Report on the working of the Ranchi Indian Mental Hospital, Kanke, in Bihar and Orissa - 1930-1940
Year: 1930
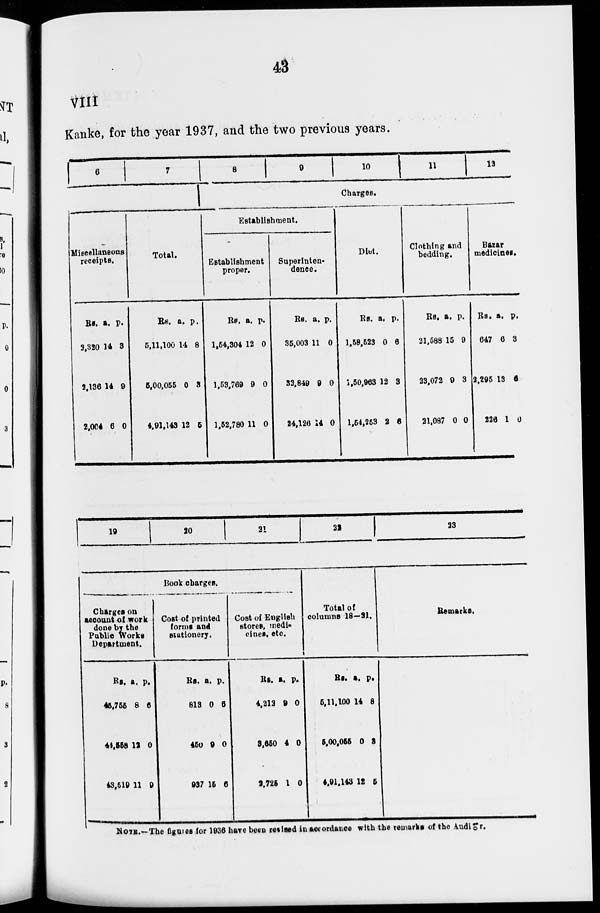
43
Kanke, for the year 1937, and the two previous years.
6
7
Miscellaneous
receipts.
Rs.
3,320
2,136
2,004
a.
14
14
6
p.
3
0
0
Total.
Rs.
5,11,100
5,00,055
4,91,143
a.
14
0
12
p.
8
3
5
8
9
10
11
13
Charges.
Establishment.
Establishment
proper.
Rs.
1,54,304
1,53,769
1,62,780
a.
12
9
11
p.
0
0
0
Superinten-
dence.
Rs.
35,003
32,849
24,126
a.
11
9
14
p.
0
0
0
Diet.
Rs.
1,58,523
1,50,963
1,54,253
a.
0
12
2
p.
6
3
6
Clothing and
bedding.
Rs.
21,588
23,072
21,087
a.
15
9
0
p.
9
3
0
Bazar
medicines.
Rs.
647
2,295
226
a.
6
13
1
p.
3
6
0
19 20
21
22
23
Book charges.
Charges on
account of work
done by the
Public Works
Department.
Rs.
46,755
41,558
43,519
a.
8
12
11
p.
6
0
9
Cost of printed
forms and
stationery.
Rs.
813
450
937
a.
0
9
15
p.
6
0
6
Cost of English
stores, medi¬
cines, etc.
Rs.
4,212
3,650
1,725
a.
9
4
1
p.
0
0
0
Total of
columns 18—21.
Rs.
5,11,100
5,00,055
4,91,143
a.
14
0
12
p.
8
3
5
Remarks.
NOTE.—The figures for 1936 have been revised in accordance with the remarks of the Auditor.